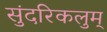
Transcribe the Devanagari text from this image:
सुंदरिकलुम्